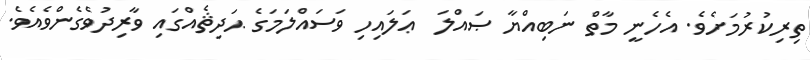
ތިރިކުރުމަށެވެ. އެހެނީ މާތް ނަބިއްޔާ ޞައްލަ  ޢަލައިހި ވަސައްލަމަގެ ޙަދިޘެއްގައި ވާރިދުވެގެންވެއެވެ.